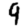
Digit: 9